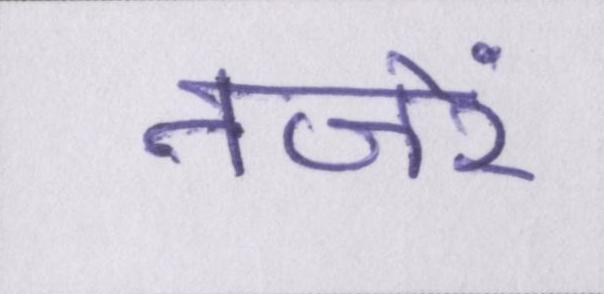
नजरें